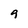
Character: 9